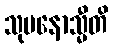
သုမနောသ္မီတိ